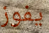
يفوز